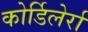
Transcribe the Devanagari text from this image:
कोर्डिलेर्रा